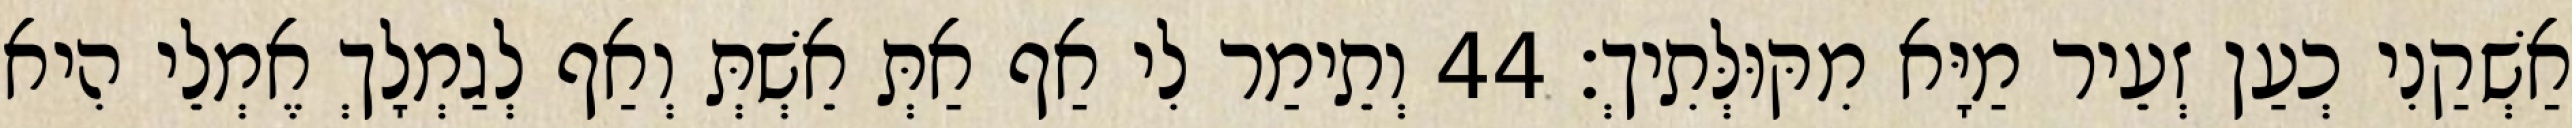
אַשְׁקַנִי כְעַן זְעֵיר מַיָּא מִקּוּלְּתִיךְ׃ 44 וְתֵימַר לִי אַף אַתְּ אֵשְׁתְּ וְאַף לְגַמְלָךְ אֶמְלֵי הִיא